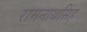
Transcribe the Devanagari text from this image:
रामनाथसिंह